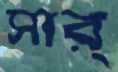
সার্